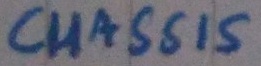
Text: CHASSIS